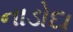
નાડોદા